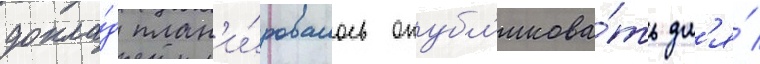
докла́д план'и́ровалось опубл'икова́ть дл'я́